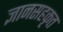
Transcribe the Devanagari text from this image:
ज्ञानसहकृत